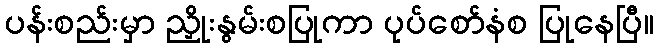
ပန်းစည်းမှာ ညှိုးနွမ်းစပြုကာ ပုပ်စော်နံစ ပြုနေပြီ။